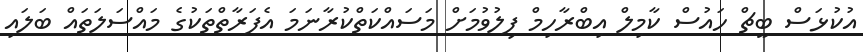
އުކުޅަސް ބީޗް ހައުސް ކާމިލް އިބްރާހިމް ފިލުވުމަށް މަސައްކަތްކުރާނަމަ އެފަރާތްތަކުގެ މައްސަލަތައް ބަލައި